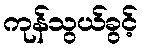
ကုန်သွယ်ခွင့်